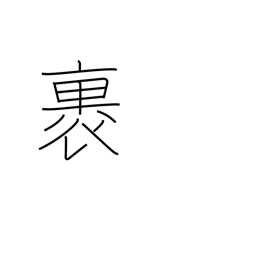
Meaning: wrap